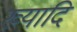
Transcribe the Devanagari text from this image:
ख्यादि